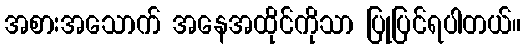
အစားအသောက် အနေအထိုင်ကိုသာ ပြုပြင်ရပါတယ်။